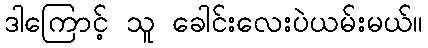
ဒါကြောင့် သူ ခေါင်းလေးပဲယမ်းမယ်။